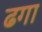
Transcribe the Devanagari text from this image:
ढगा